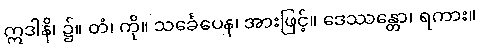
ဣဒါနိ၊ ၌။ တံ၊ ကို။ သင်္ခေပေန၊ အားဖြင့်။ ဒေဿန္တော၊ ရကား။